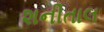
શનીતાલ